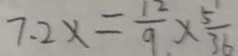
7 . 2 x = \frac { 1 2 } { 9 } \times \frac { 5 } { 3 6 }